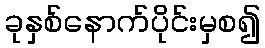
ခုနှစ်နောက်ပိုင်းမှစ၍